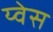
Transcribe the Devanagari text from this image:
य्वेस